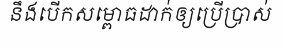
នឹងបើកសម្ពោធដាក់ឲ្យប្រើប្រាស់